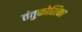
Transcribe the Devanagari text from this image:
तंतुकोशिका